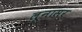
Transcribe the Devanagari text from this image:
लूनासर